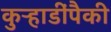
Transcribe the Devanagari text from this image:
कुऱ्हाडींपैकी